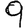
Digit: 9